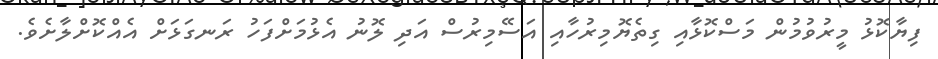
ފިޔާކޮޅު މީރުވުމުން މަސްކޮޅާއި ގިތެޔޮމިރުހާއި އަސޭމިރުސް އަދި ލޮނު އެޅުމަށްފަހު ރަނގަޅަށް އެއްކޮށްލާށެވެ.